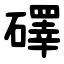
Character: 礋